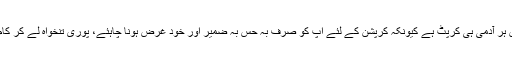
جناب یہ سچ ہی تو ہے یہاں ہر آدمی ہی کرپٹ ہے کیونکہ کرپشن کے لئے اپ کو صرف بہ حس بہ ضمیر اور خود غرض ہونا چاہئے، پوری تنخواہ لے کر کام نہ کرنے والا ملازم کون؟